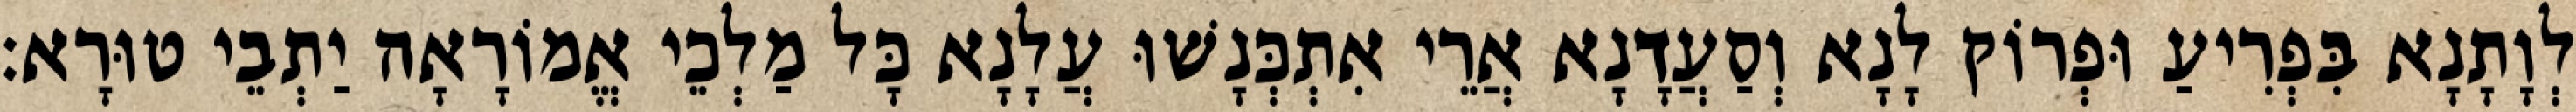
לְוָתָנָא בִּפְרִיעַ וּפְרוֹק לָנָא וְסַעֲדָנָא אֲרֵי אִתְכְּנָשׁוּ עֲלָנָא כָּל מַלְכֵי אֱמוֹרָאָה יַתְבֵי טוּרָא׃